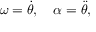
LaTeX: \omega = { \dot { \theta } } , \quad \alpha = { \ddot { \theta } } ,